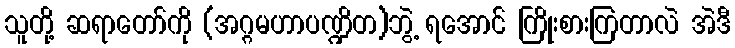
သူတို့ ဆရာတော်ကို (အဂ္ဂမဟာပဏ္ဍိတ)ဘွဲ့ ရအောင် ကြိုးစားကြတာလဲ အဲဒီ